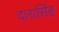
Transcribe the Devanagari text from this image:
दारासिंह